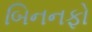
બિનનફો